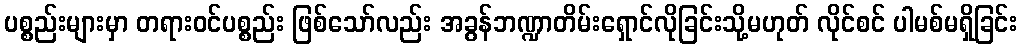
ပစ္စည်းများမှာ တရားဝင်ပစ္စည်း ဖြစ်သော်လည်း အခွန်ဘဏ္ဍာတိမ်းရှောင်လိုခြင်းသို့မဟုတ် လိုင်စင် ပါမစ်မရှိခြင်း